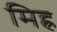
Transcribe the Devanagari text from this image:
मिह्र